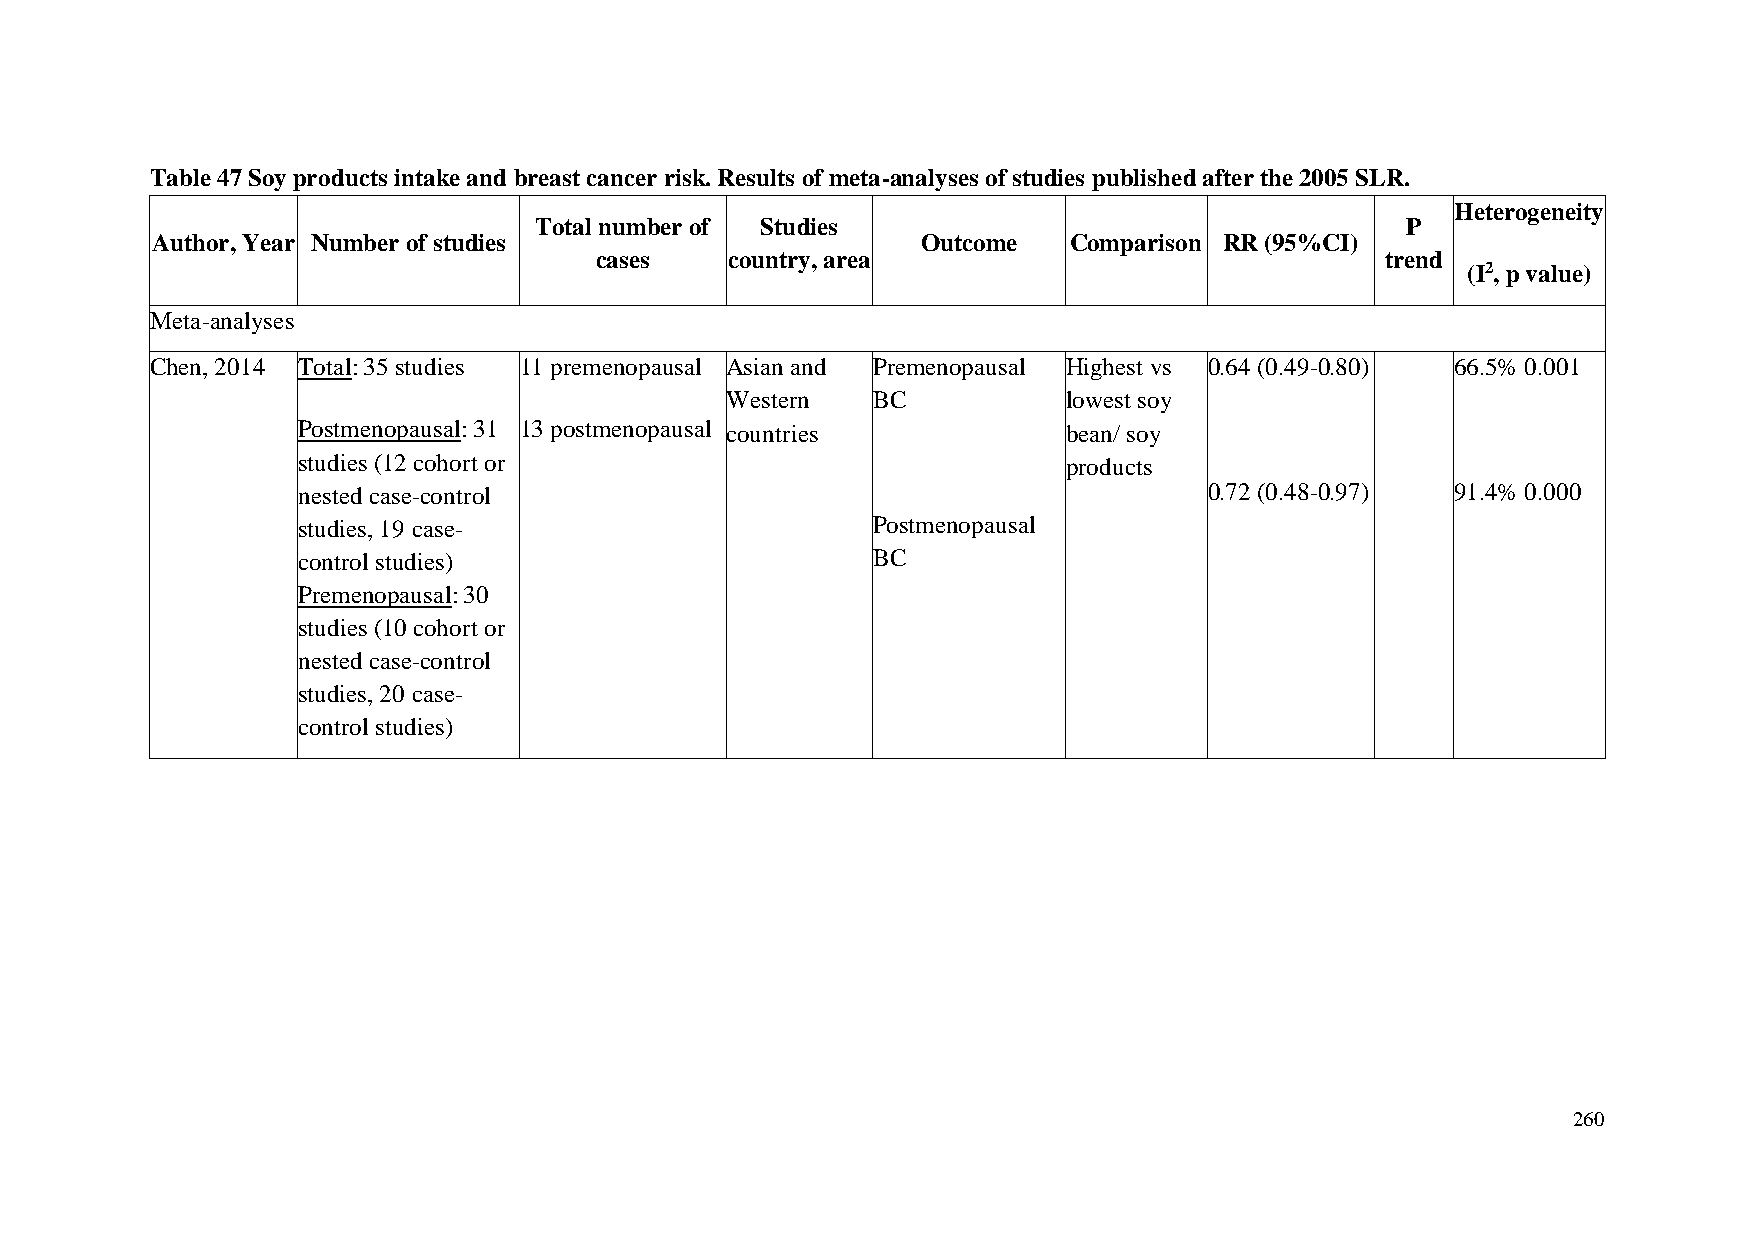
Table 47 Soy products intake and breast cancer risk. Results of meta-analyses of studies published after the 2005 SLR.
 Heterogeneity
 Total number of Studies                                   P
 Author, Year Number of studies                     Outcome   Comparison RR (95%CI)
 cases    country, area                               trend
 (I2, p value)
 Meta-analyses
 Chen, 2014 Total: 35 studies 11 premenopausal Asian and Premenopausal Highest vs 0.64 (0.49-0.80) 66.5% 0.001
 Western   BC           lowest soy
 Postmenopausal: 31 13 postmenopausal countries     bean/ soy
 studies (12 cohort or                              products
 nested case-control                                         0.72 (0.48-0.97) 91.4% 0.000
 studies, 19 case-                     Postmenopausal
 control studies)                      BC
 Premenopausal: 30
 studies (10 cohort or
 nested case-control
 studies, 20 case-
 control studies)
 260